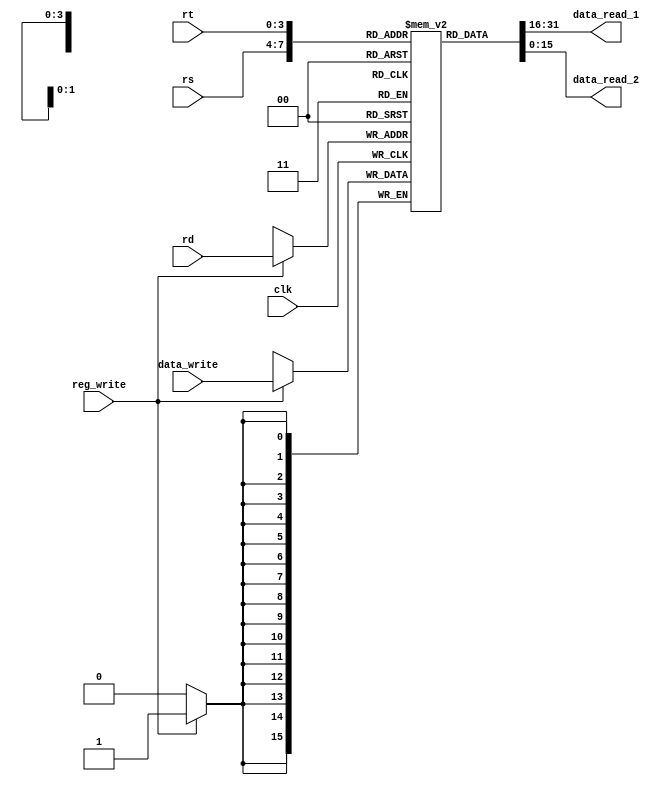
`timescale 1ns / 1ps

module RegisterFile

	(input clk,
	 input [3:0] rs,
	 input [3:0] rt,
	 input [3:0] rd,
	 input [15:0] data_write,
	 input reg_write,
	 output [15:0] data_read_1,
	 output [15:0] data_read_2
    );
	 
	 reg [15:0] registerfile [15:0]; 
	 
	 integer i;
	 
	initial begin
		for(i = 0; i < 16; i = i + 1) begin
				registerfile[i] = 16'd0;
			end
		end
	 
	always@ (posedge clk) begin 
			if(reg_write) begin 
				registerfile[rd] = data_write;
			end
		end
		
	assign data_read_1 = registerfile[rs];
	assign data_read_2 = registerfile[rt];

endmodule